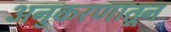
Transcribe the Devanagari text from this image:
अनुकरणातून